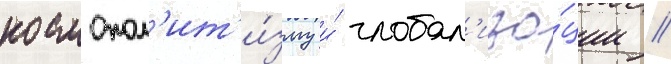
космопол'ит'и́зму и́ глобал'иза́ции //